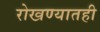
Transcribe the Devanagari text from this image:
रोखण्यातही